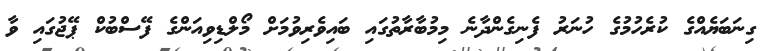
ގިނަބަޔެއްގެ ކުރެހުމުގެ ހުނަރު ފެނިގެންދާނެ މިމުބާރާތުގައި ބައިވެރިވުމަށް މޯލްޑިވިއަންގެ ފޭސްބުކް ޕޭޖުގައި ވާ